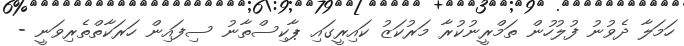
ހަމަލާ ދެވުނު ފުލުހުން ތަމްރީނުކުރާ މަރުކަޒު ކައިރީގައި ޕާކިސްތާނު ސިފައިން ހަރަކާތްތެރިވަނީ -